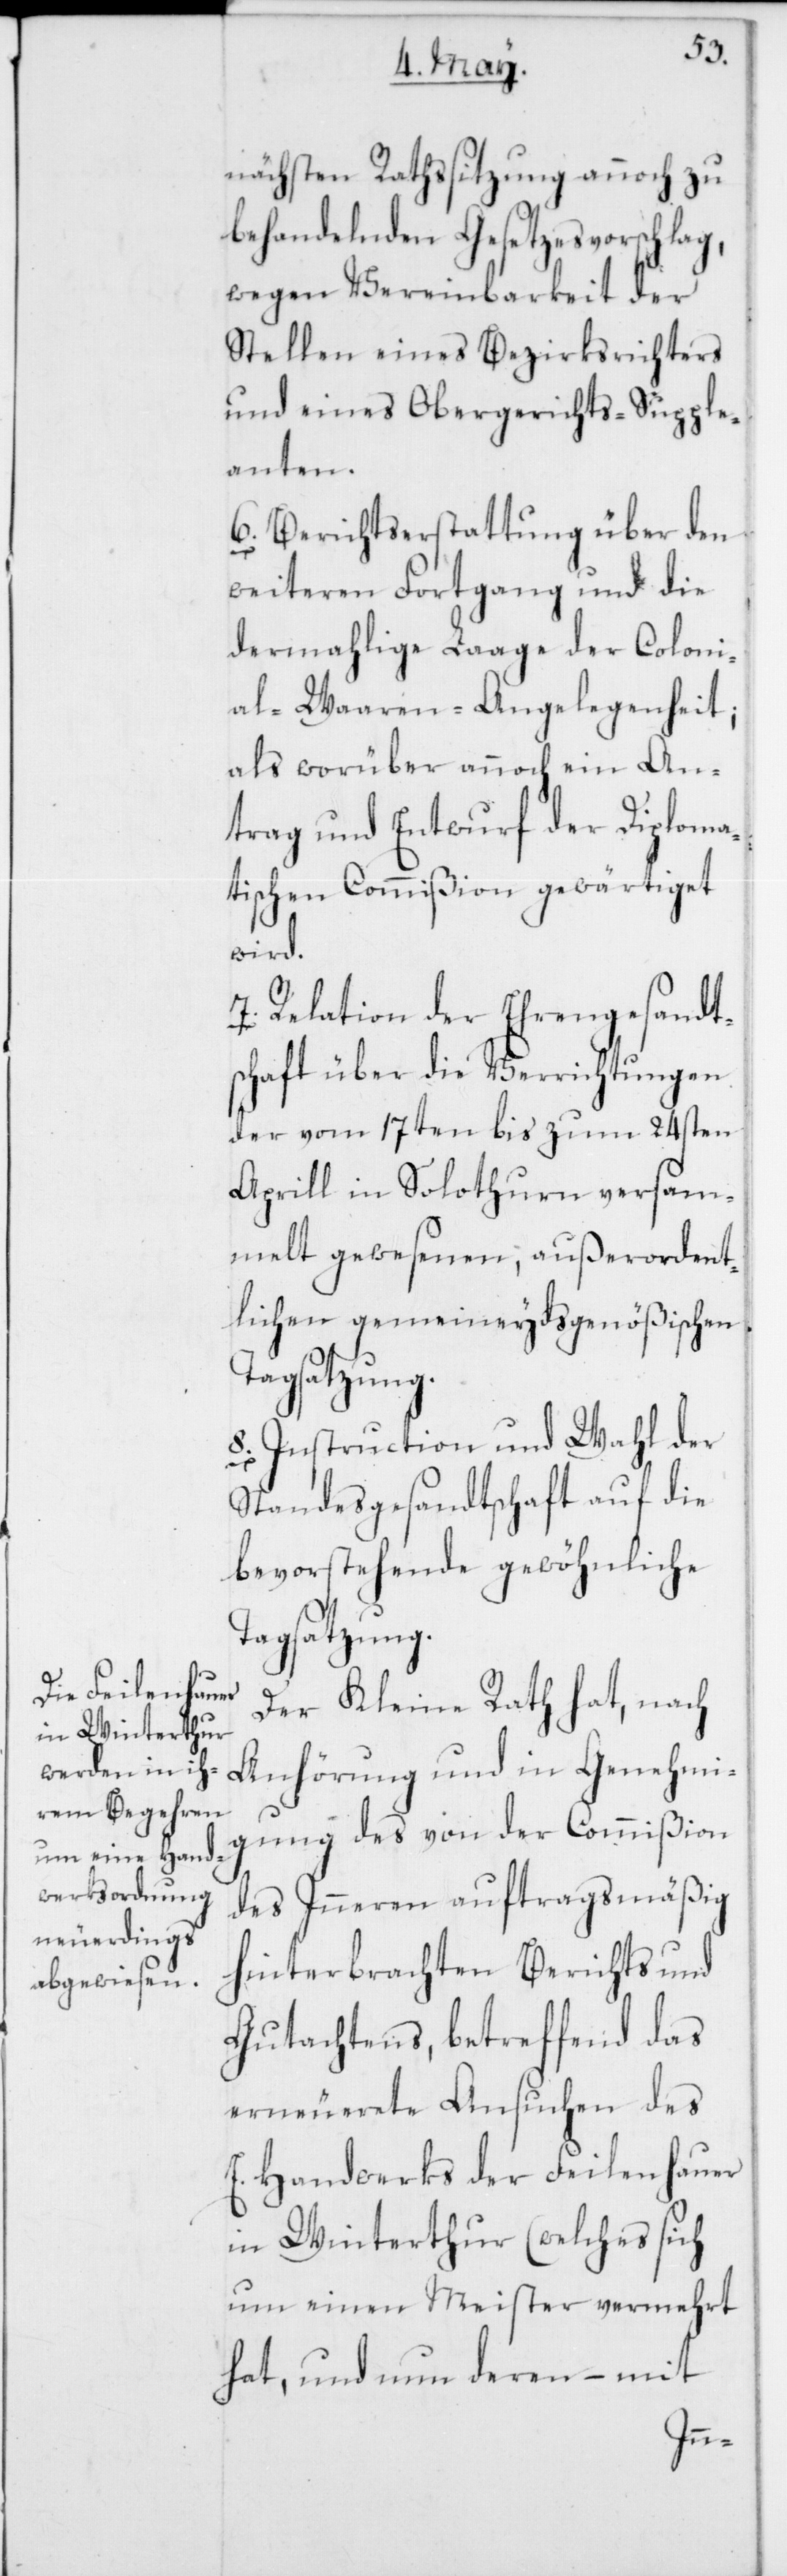
nächsten Ratssitzung annoch zu
behandelnden Gesetzesvorschlag,
wegen Vereinbarkeit der
Stellen eines Bezirksrichters
und eines Obergerichts-Supple¬
anten.
6. Berichtserstattung über den
weiteren Fortgang und die
dermahlige Laage der Colonio¬
al-Waaren-Angelegenheit,
als worüber annoch ein An¬
trag und Entwurf der Diploma¬
tischen Commißion gewärtiget
wird.
7. Relation der Ehrengesandt¬
schaft über die Verrichtungen
der vom 17ten bis zum 24sten
Aprill in Solothurn versam¬
melt gewesenen, außerordent¬
lichen gemeineydsgenößischen
Tagsatzung.
8. Instruction und Wahl der
Standesgesandtschaft auf die
bevorstehende gewöhnliche
Tagsatzung.
Der Kleine Rath hat, nach
Anhörung und in Genehmi¬
gung des von der Commißion
des Inneren auftragsmäßig
hinterbrachten Berichts und
Gutachtens, betreffend das
erneuerete Ansuchen des
E. Handwerks der Feilenhauer
in Winterthur (welches sich
um einen Meister vermehrt
hat, und nun deren – mit